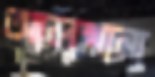
আলখানা